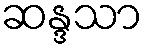
ဆန္ဒသာ